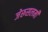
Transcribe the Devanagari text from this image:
जेरूसलमी